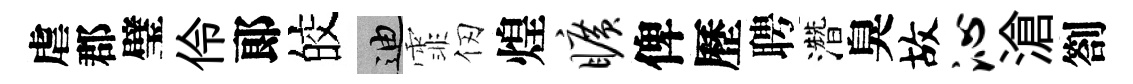
虐郡璧伶郞皎迪霏仞煌旷俾歷聘濳臭故沁滄劄